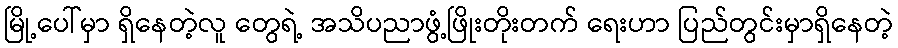
မြို့ပေါ်မှာ ရှိနေတဲ့လူ တွေရဲ့ အသိပညာဖွံ့ဖြိုးတိုးတက် ရေးဟာ ပြည်တွင်းမှာရှိနေတဲ့